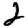
Digit: 2